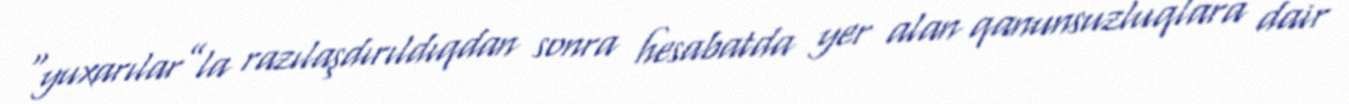
“yuxarılar”la razılaşdırıldıqdan sonra hesabatda yer alan qanunsuzluqlara dair